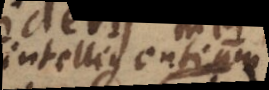
intelligentium